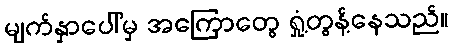
မျက်နှာပေါ်မှ အကြောတွေ ရှုံ့တွန့်နေသည်။